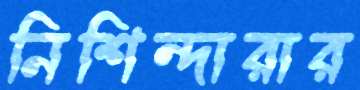
নিশিন্দারার